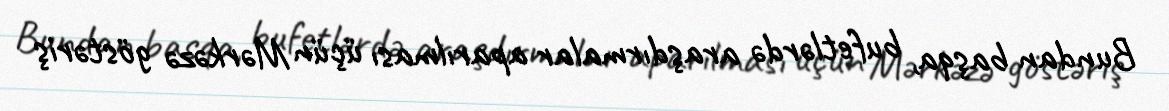
Bundan başqa, bufetlərdə araşdırmalar aparılması üçün Mərkəzə göstəriş